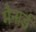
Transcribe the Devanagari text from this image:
मैनार्ड